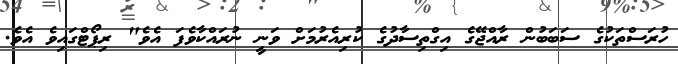
ހުރަސްތަކުގެ ސަބަބުން ރާއްޖޭގެ އިގްތިސާދުގެ ކުރިއެރުމަށް ވަނީ ނުރައްކާވެފަ އެވެ" ރިޕޯޓްގައިވެ އެވެ.